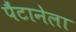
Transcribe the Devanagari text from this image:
पैंटानेला